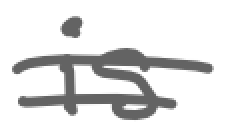
Text: is
Cross-out: wave
Writing tool: digital_gray